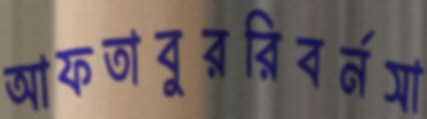
আফতাবুররিবর্নসা